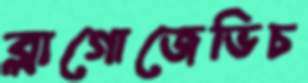
ব্লাগোজেভিচ